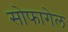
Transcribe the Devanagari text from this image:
सोफागेल